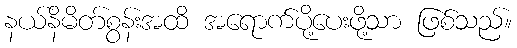
နယ်နိမိတ်စွန်းအထိ အရောက်ပို့ပေးဖို့သာ ဖြစ်သည်။